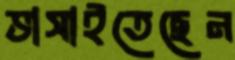
ভাসাইতেছেন